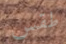
طقس